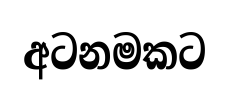
අටනමකට